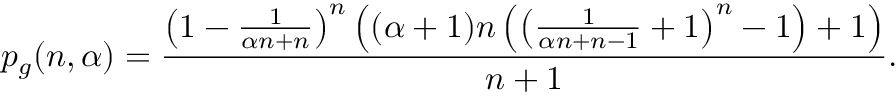
p _ { g } ( n , \alpha ) = \frac { \left( 1 - \frac { 1 } { \alpha n + n } \right) ^ { n } \left( ( \alpha + 1 ) n \left( \left( \frac { 1 } { \alpha n + n - 1 } + 1 \right) ^ { n } - 1 \right) + 1 \right) } { n + 1 } .